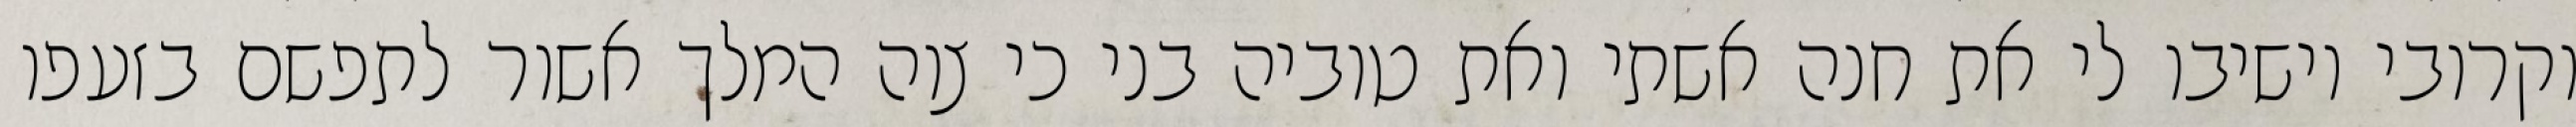
וקרובי וישיבו לי את חנה אשתי ואת טוביה בני כי צוה המלך אשור לתפשם בזעפו